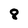
Character: 8